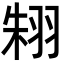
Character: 𦐨